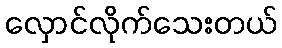
လှောင်လိုက်သေးတယ်